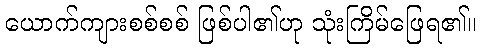
ယောက်ကျားစစ်စစ် ဖြစ်ပါ၏ဟု သုံးကြိမ်ဖြေရ၏။